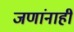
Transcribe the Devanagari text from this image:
जणांनाही